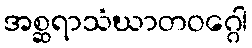
အစ္ဆရာသံဃာတဝဂ္ဂေါ